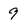
Character: 9